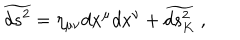
LaTeX: \widetilde { d s ^ { 2 } } = \eta _ { \mu \nu } d x ^ { \mu } d x ^ { \nu } + \widetilde { d s _ { K } ^ { 2 } } \ ,